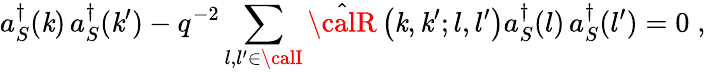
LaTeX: a_{S}^{\dagger}(\mathit{k})\, a_{S}^{\dagger}(\mathit{k}^{\prime})-q^{-2}\sum_{l,l^{\prime}\in{\calI}}{\hat{{\calR}}}\left(\mathit{k},\mathit{k}^{\prime};l,l^{\prime}\right)a_{S}^{\dagger}(l)\, a_{S}^{\dagger}(l^{\prime})=0\; ,